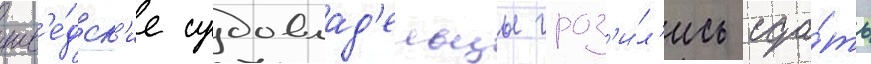
шв'е́дск'ие судовлад'ельцы гроз'и́л'ись сда́ть